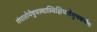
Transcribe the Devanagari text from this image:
गंगातोयेषुयस्यास्थिक्षिप्यतेशुभकर्मणः